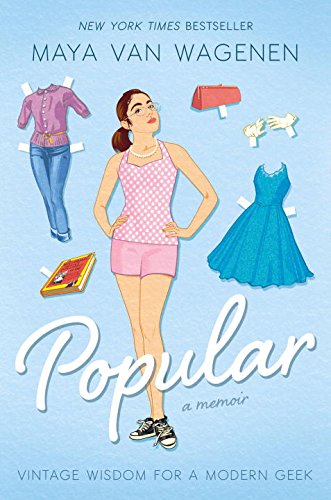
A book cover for Popular: Vintage Wisdom for a Modern Geek; Maya Van Wagenen; Children's Books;